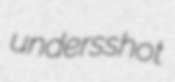
undersshot